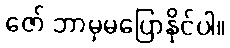
ဇော် ဘာမှမပြောနိုင်ပါ။